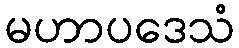
မဟာပဒေသံ